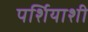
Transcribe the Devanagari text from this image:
पर्शियाशी